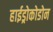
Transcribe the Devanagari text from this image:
हाईड्रोकोडोन